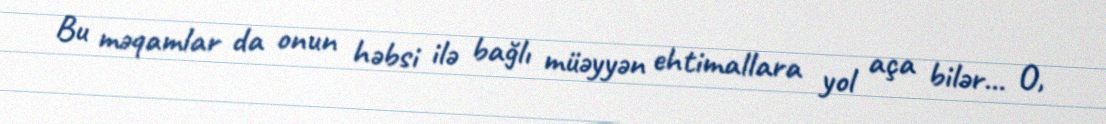
Bu məqamlar da onun həbsi ilə bağlı müəyyən ehtimallara yol aça bilər... O,